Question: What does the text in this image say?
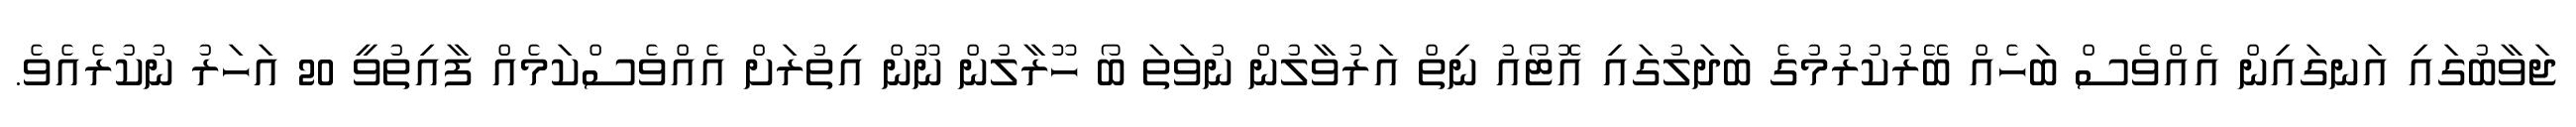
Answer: ޖަވާބުގައި އަނގައިން އެއްވެސް ބަހެއް ބޭރުކުރުމުގެ ބަދަލުގައި އޮޓޯއު ނިތް އަރުވާލުން ނުވަތަ ބޯ ހޫރާލުން ނޫން އިތުރަށް އެއްވެސްކަމެއް ފާއިތުވީ 20 އަހަރު ނުކުރެއެވެ.